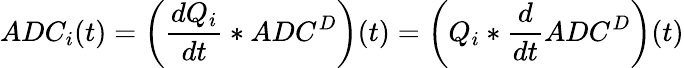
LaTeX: ADC_{i}(t)=\left(\frac{dQ_{i}}{dt}*ADC^{D}\right)(t)=\left(Q_{i}*\frac{d}{dt}ADC^{D}\right)(t)